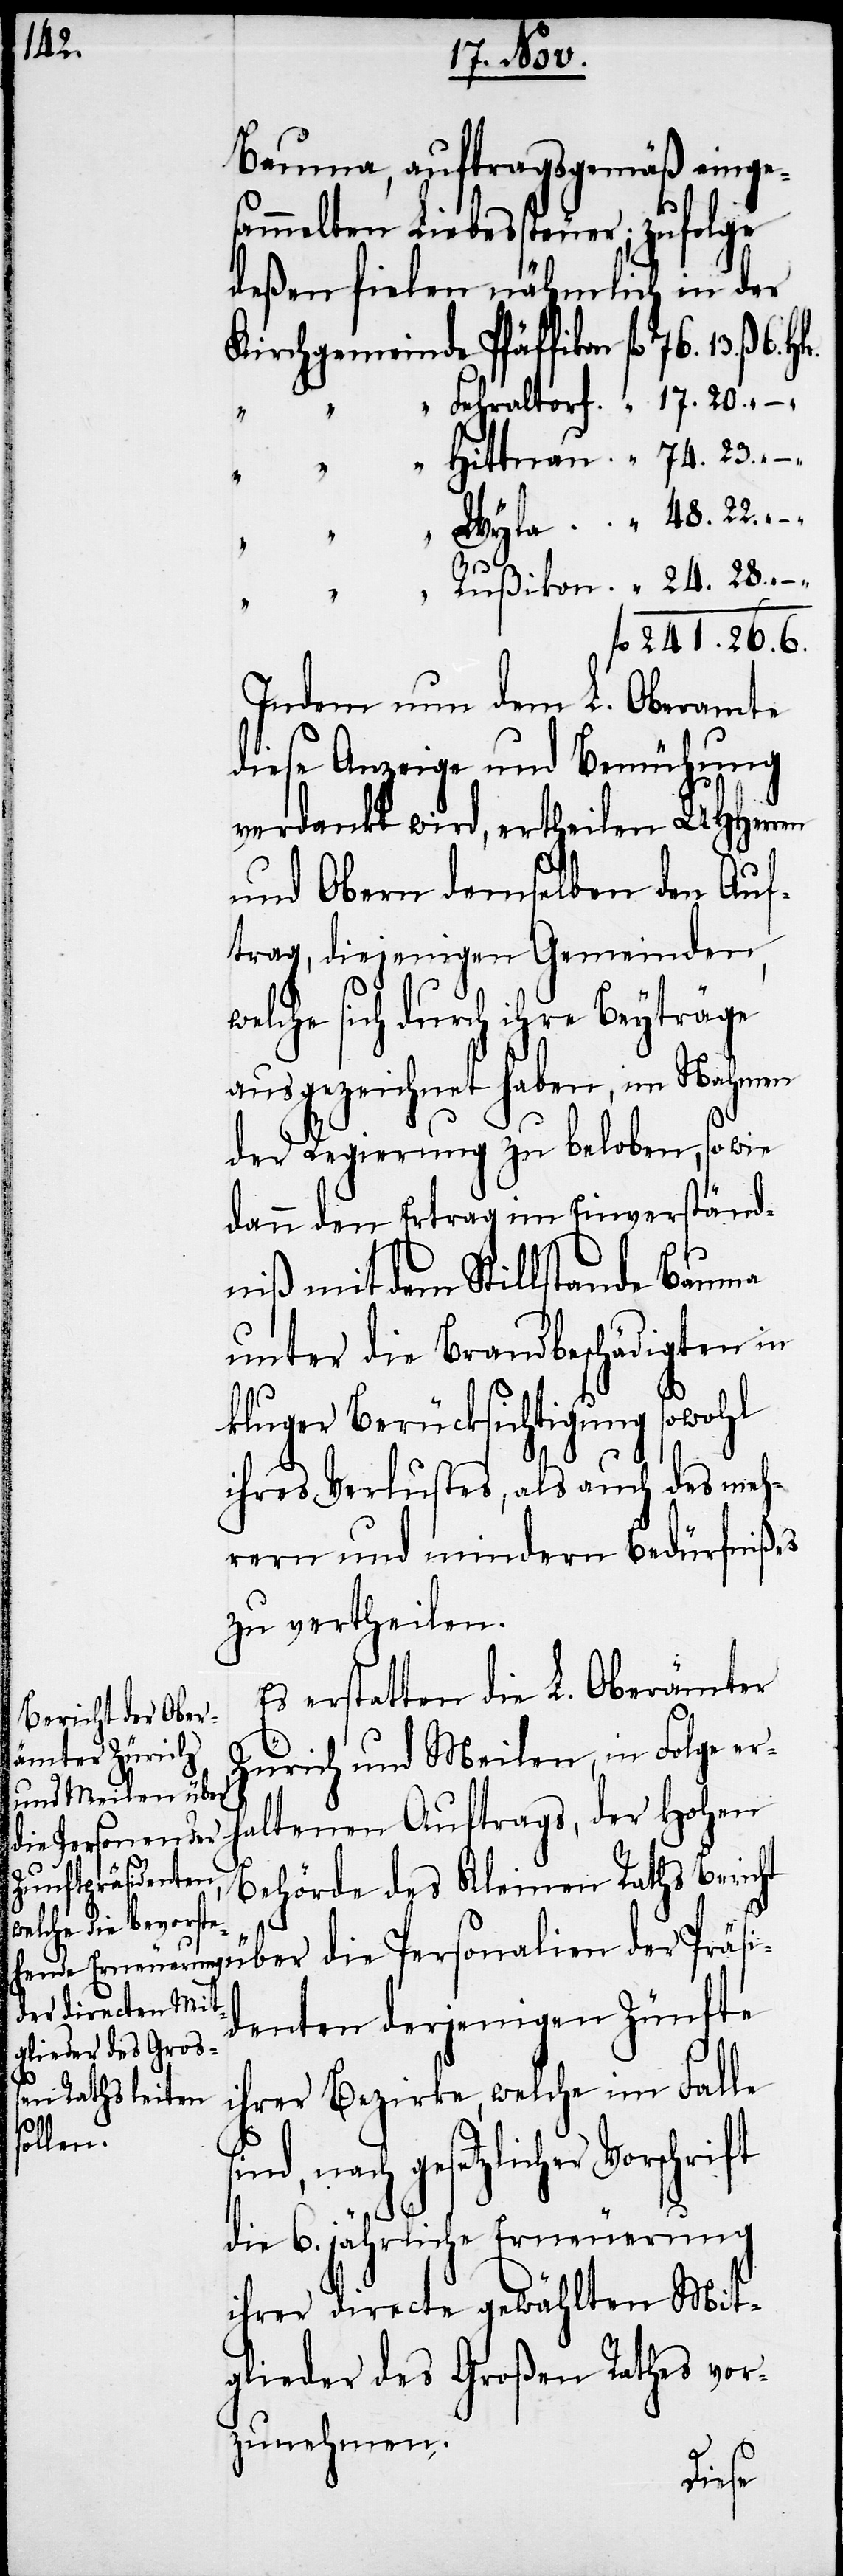
241.

6.

Bauma, auftragsgemäß einge¬
sammelten Liebessteuer; zufolge
deßen fielen nähmlich in der
24.
Indem nun dem L. Oberamte
diese Anzeige und Bemühung
verdankt wird, ertheilen UHHerren
und Obern demselben den Auf¬
trag, diejenigen Gemeinden,
welche sich durch ihre Beyträge
ausgezeichnet haben, im Nahmen
der Regierung zu beloben, so wie
dann den Ertrag im Einverständ¬
niß mit dem Stillstande Bauma
unter die Brandbeschädigten in
kluger Berücksichtigung sowohl
ihres Verlustes, als auch des meh¬
rern und mindern Bedürfnißes
zu vertheilen.
Es erstatten die L. Oberämter
Zürich und Meilen, in Folge erh¬
altenen Auftrags, der Hohen
Behörde des Kleinen Raths Bericht
über die Personalien der Präsi¬
denten derjenigen Zünfte
ihrer Bezirke, welche im Falle
nach gesetzlicher Vorschrift
die 6. jährige Erneuerung
ihrer directe gewählten Mit¬
glieder des Großen Rathes vor¬
zunehmen.